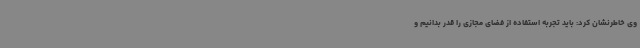
وی خاطرنشان کرد: باید تجربه استفاده از فضای مجازی را قدر بدانیم و